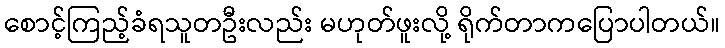
စောင့်ကြည့်ခံရသူတဦးလည်း မဟုတ်ဖူးလို့ ရိုက်တာကပြောပါတယ်။